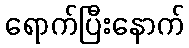
ရောက်ပြီးနောက်